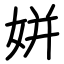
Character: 姘